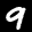
Label: 9